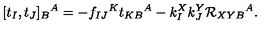
[ t _ { I } , t _ { J } ] _ { B } { } ^ { A } = - f _ { I J } { } ^ { K } t _ { K B } { } ^ { A } - k _ { I } ^ { X } k _ { J } ^ { Y } { \cal R } _ { X Y B } { } ^ { A } .